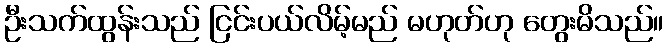
ဦးသက်ထွန်းသည် ငြင်းပယ်လိမ့်မည် မဟုတ်ဟု တွေးမိသည်။